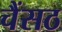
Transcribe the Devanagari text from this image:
चैंसठ